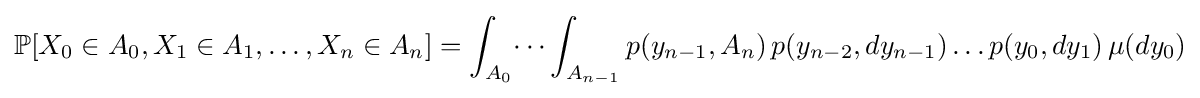
\mathbb {P} [X_{0}\in A_{0},X_{1}\in A_{1},\dots ,X_{n}\in A_{n}]=\int _{A_{0}}\dots \int _{A_{n-1}}p(y_{n-1},A_{n})\,p(y_{n-2},dy_{n-1})\dots p(y_{0},dy_{1})\,\mu (dy_{0})